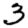
Digit: 3